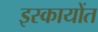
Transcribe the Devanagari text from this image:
इस्कायोंत